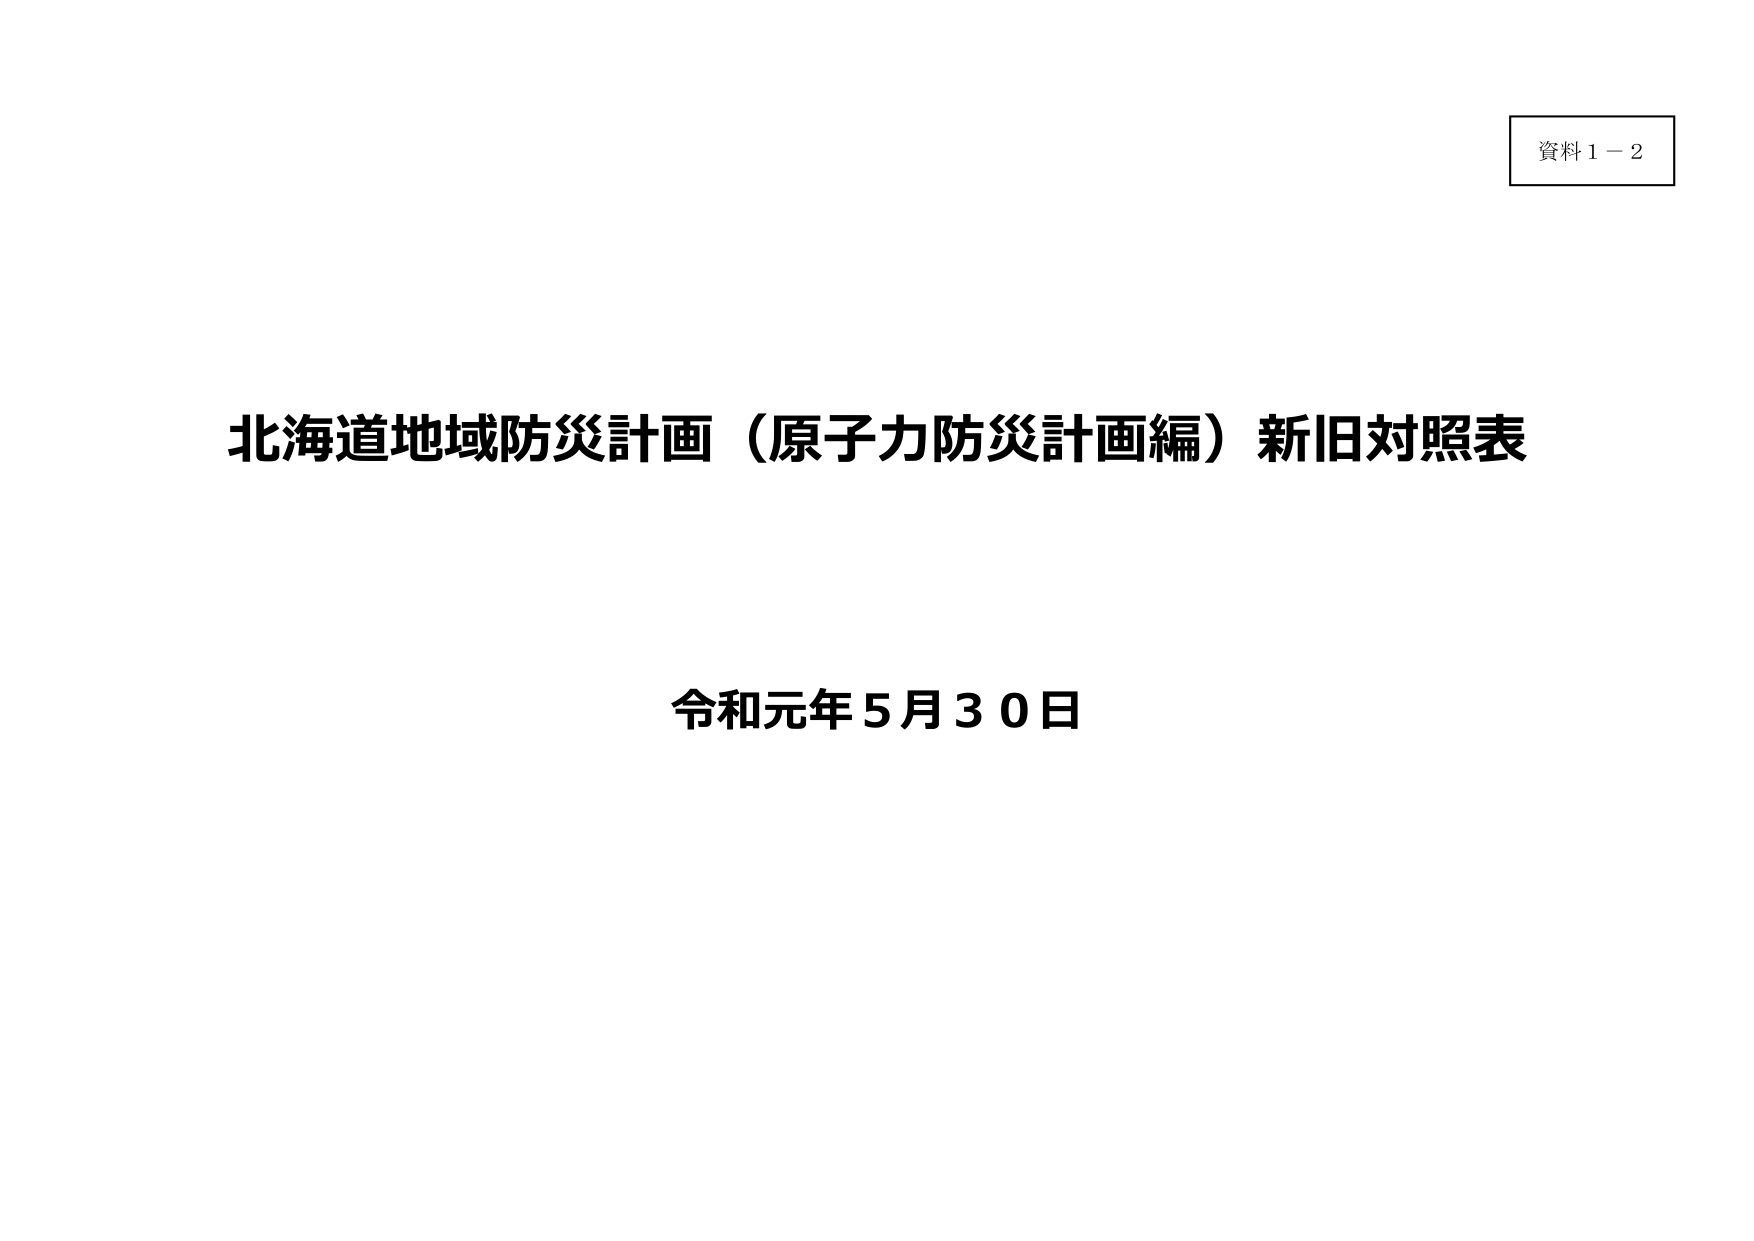
資料１－２

北海道地域防災計画（原子力防災計画編）新旧対照表

令和元年５月３０日